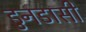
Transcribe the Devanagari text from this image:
डुनडासी